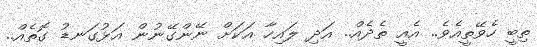
ތިބީ ހެވޭތީއެވެ.. އެއީ ތެދެއް.. އަދި ލައިހާ އަކަށް ނޭންގޭނުން އަޅުގަނޑު ގޮތެއް..